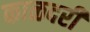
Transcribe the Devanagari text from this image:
काळदरी